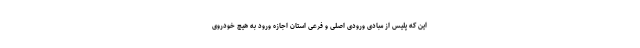
این که پلیس از مبادی ورودی اصلی و فرعی استان اجازه ورود به هیچ خودروی